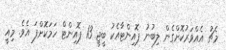
މެޗު އެއްވަރުކޮށްގެން ލިބުނު ޕޮއިންޓާއެކު ބީޖީ 13 ޕޮއިންޓް ހަމަކޮށްފަ އެވެ. މިއީ